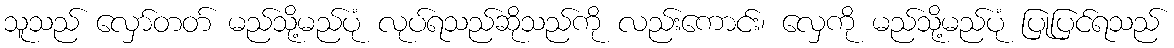
သူသည် လှော်တတ် မည်သို့မည်ပုံ လုပ်ရသည်ဆိုသည်ကို လည်းကောင်း၊ လှေကို မည်သို့မည်ပုံ ပြုပြင်ရသည်